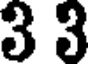
3 3